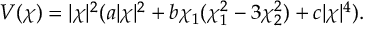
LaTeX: V ( \chi ) = | \chi | ^ { 2 } ( a | \chi | ^ { 2 } + b \chi _ { 1 } ( \chi _ { 1 } ^ { 2 } - 3 \chi _ { 2 } ^ { 2 } ) + c | \chi | ^ { 4 } ) .